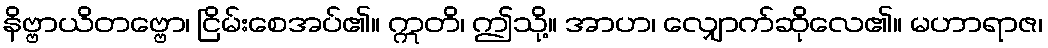
နိဗ္ဗာယိတဗ္ဗော၊ ငြိမ်းစေအပ်၏။ ဣတိ၊ ဤသို့။ အာဟ၊ လျှောက်ဆိုလေ၏။ မဟာရာဇ၊